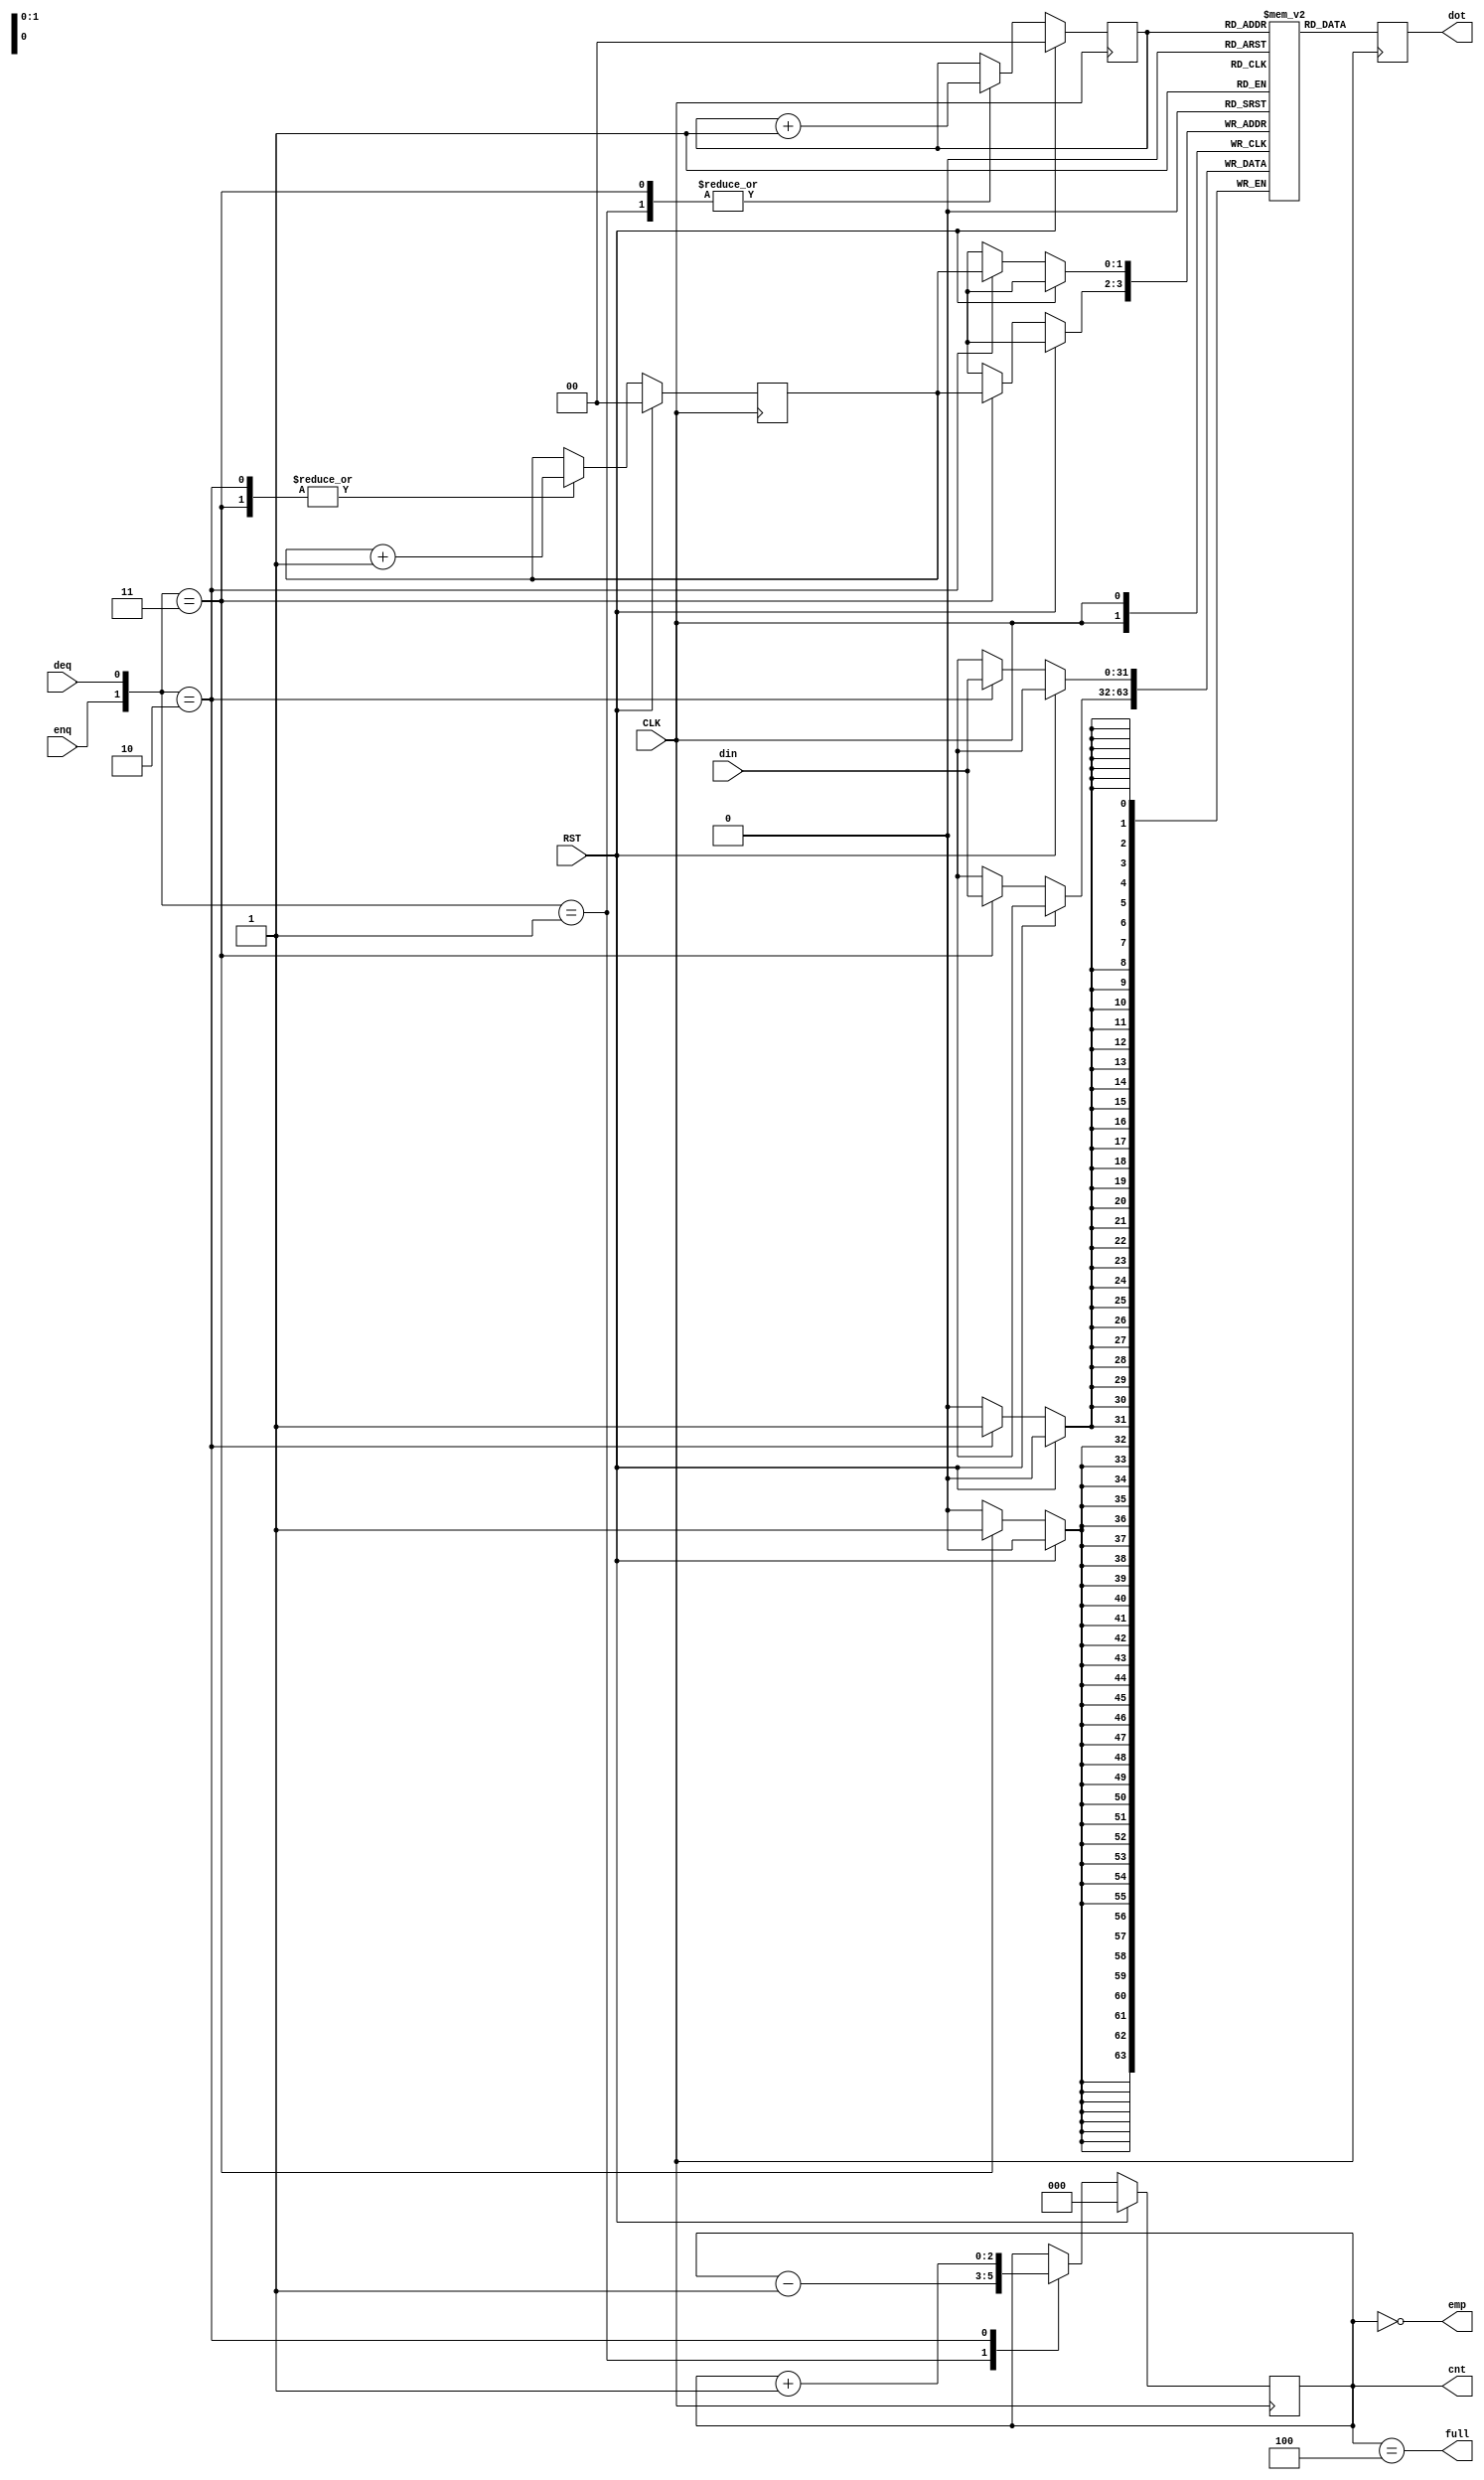
module BFIFO #(parameter                    FIFO_SIZE  =  2, 
               parameter                    FIFO_WIDTH = 32) 
              (input  wire                  CLK, 
               input  wire                  RST, 
               input  wire                  enq, 
               input  wire                  deq, 
               input  wire [FIFO_WIDTH-1:0] din, 
               output reg  [FIFO_WIDTH-1:0] dot, 
               output wire                  emp, 
               output wire                  full, 
               output reg  [FIFO_SIZE:0]    cnt);
  reg [FIFO_SIZE-1:0]  head, tail;
  reg [FIFO_WIDTH-1:0] mem [(1<<FIFO_SIZE)-1:0];
  assign emp  = (cnt==0);
  assign full = (cnt==(1<<FIFO_SIZE));
  always @(posedge CLK) dot <= mem[head];
  always @(posedge CLK) begin
    if (RST) {cnt, head, tail} <= 0;
    else begin
      case ({enq, deq})
        2'b01: begin                 head<=head+1;               cnt<=cnt-1; end
        2'b10: begin mem[tail]<=din;               tail<=tail+1; cnt<=cnt+1; end
        2'b11: begin mem[tail]<=din; head<=head+1; tail<=tail+1;             end
      endcase
    end
  end
endmodule